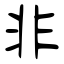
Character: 非